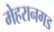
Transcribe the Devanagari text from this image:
मेहरानगड